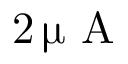
2 \, \upmu \mathrm { ~ A ~ }